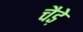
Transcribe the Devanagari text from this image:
चैडे़